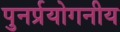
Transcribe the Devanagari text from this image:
पुनर्प्रयोगनीय